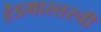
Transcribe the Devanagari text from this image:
हेडमास्तरची